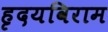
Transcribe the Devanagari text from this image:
हृदयविराम